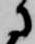
に